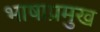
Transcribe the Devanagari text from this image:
भाषाप्रमुख